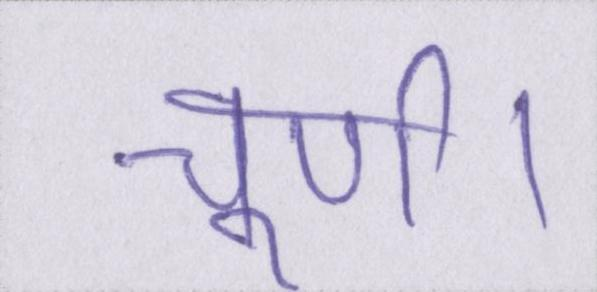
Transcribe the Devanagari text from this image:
चूर्ण।